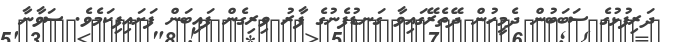
ދަރިފުޅުގެ ސަބަބުން ދެމީހުން ދޭތެރޭގައިވާ ގަނޑުފެނުގެ ފާރު ވިރިގެން ފައިބަން ފަށައިފިކަމެވެ. ސަވާނާ